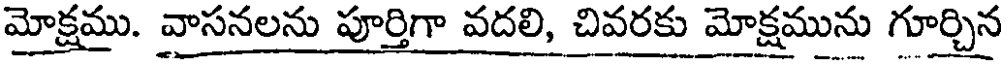
మోక్షము. వాసనలను పూర్తిగా వదలి, చివరకు మోక్షమును గూర్చిన